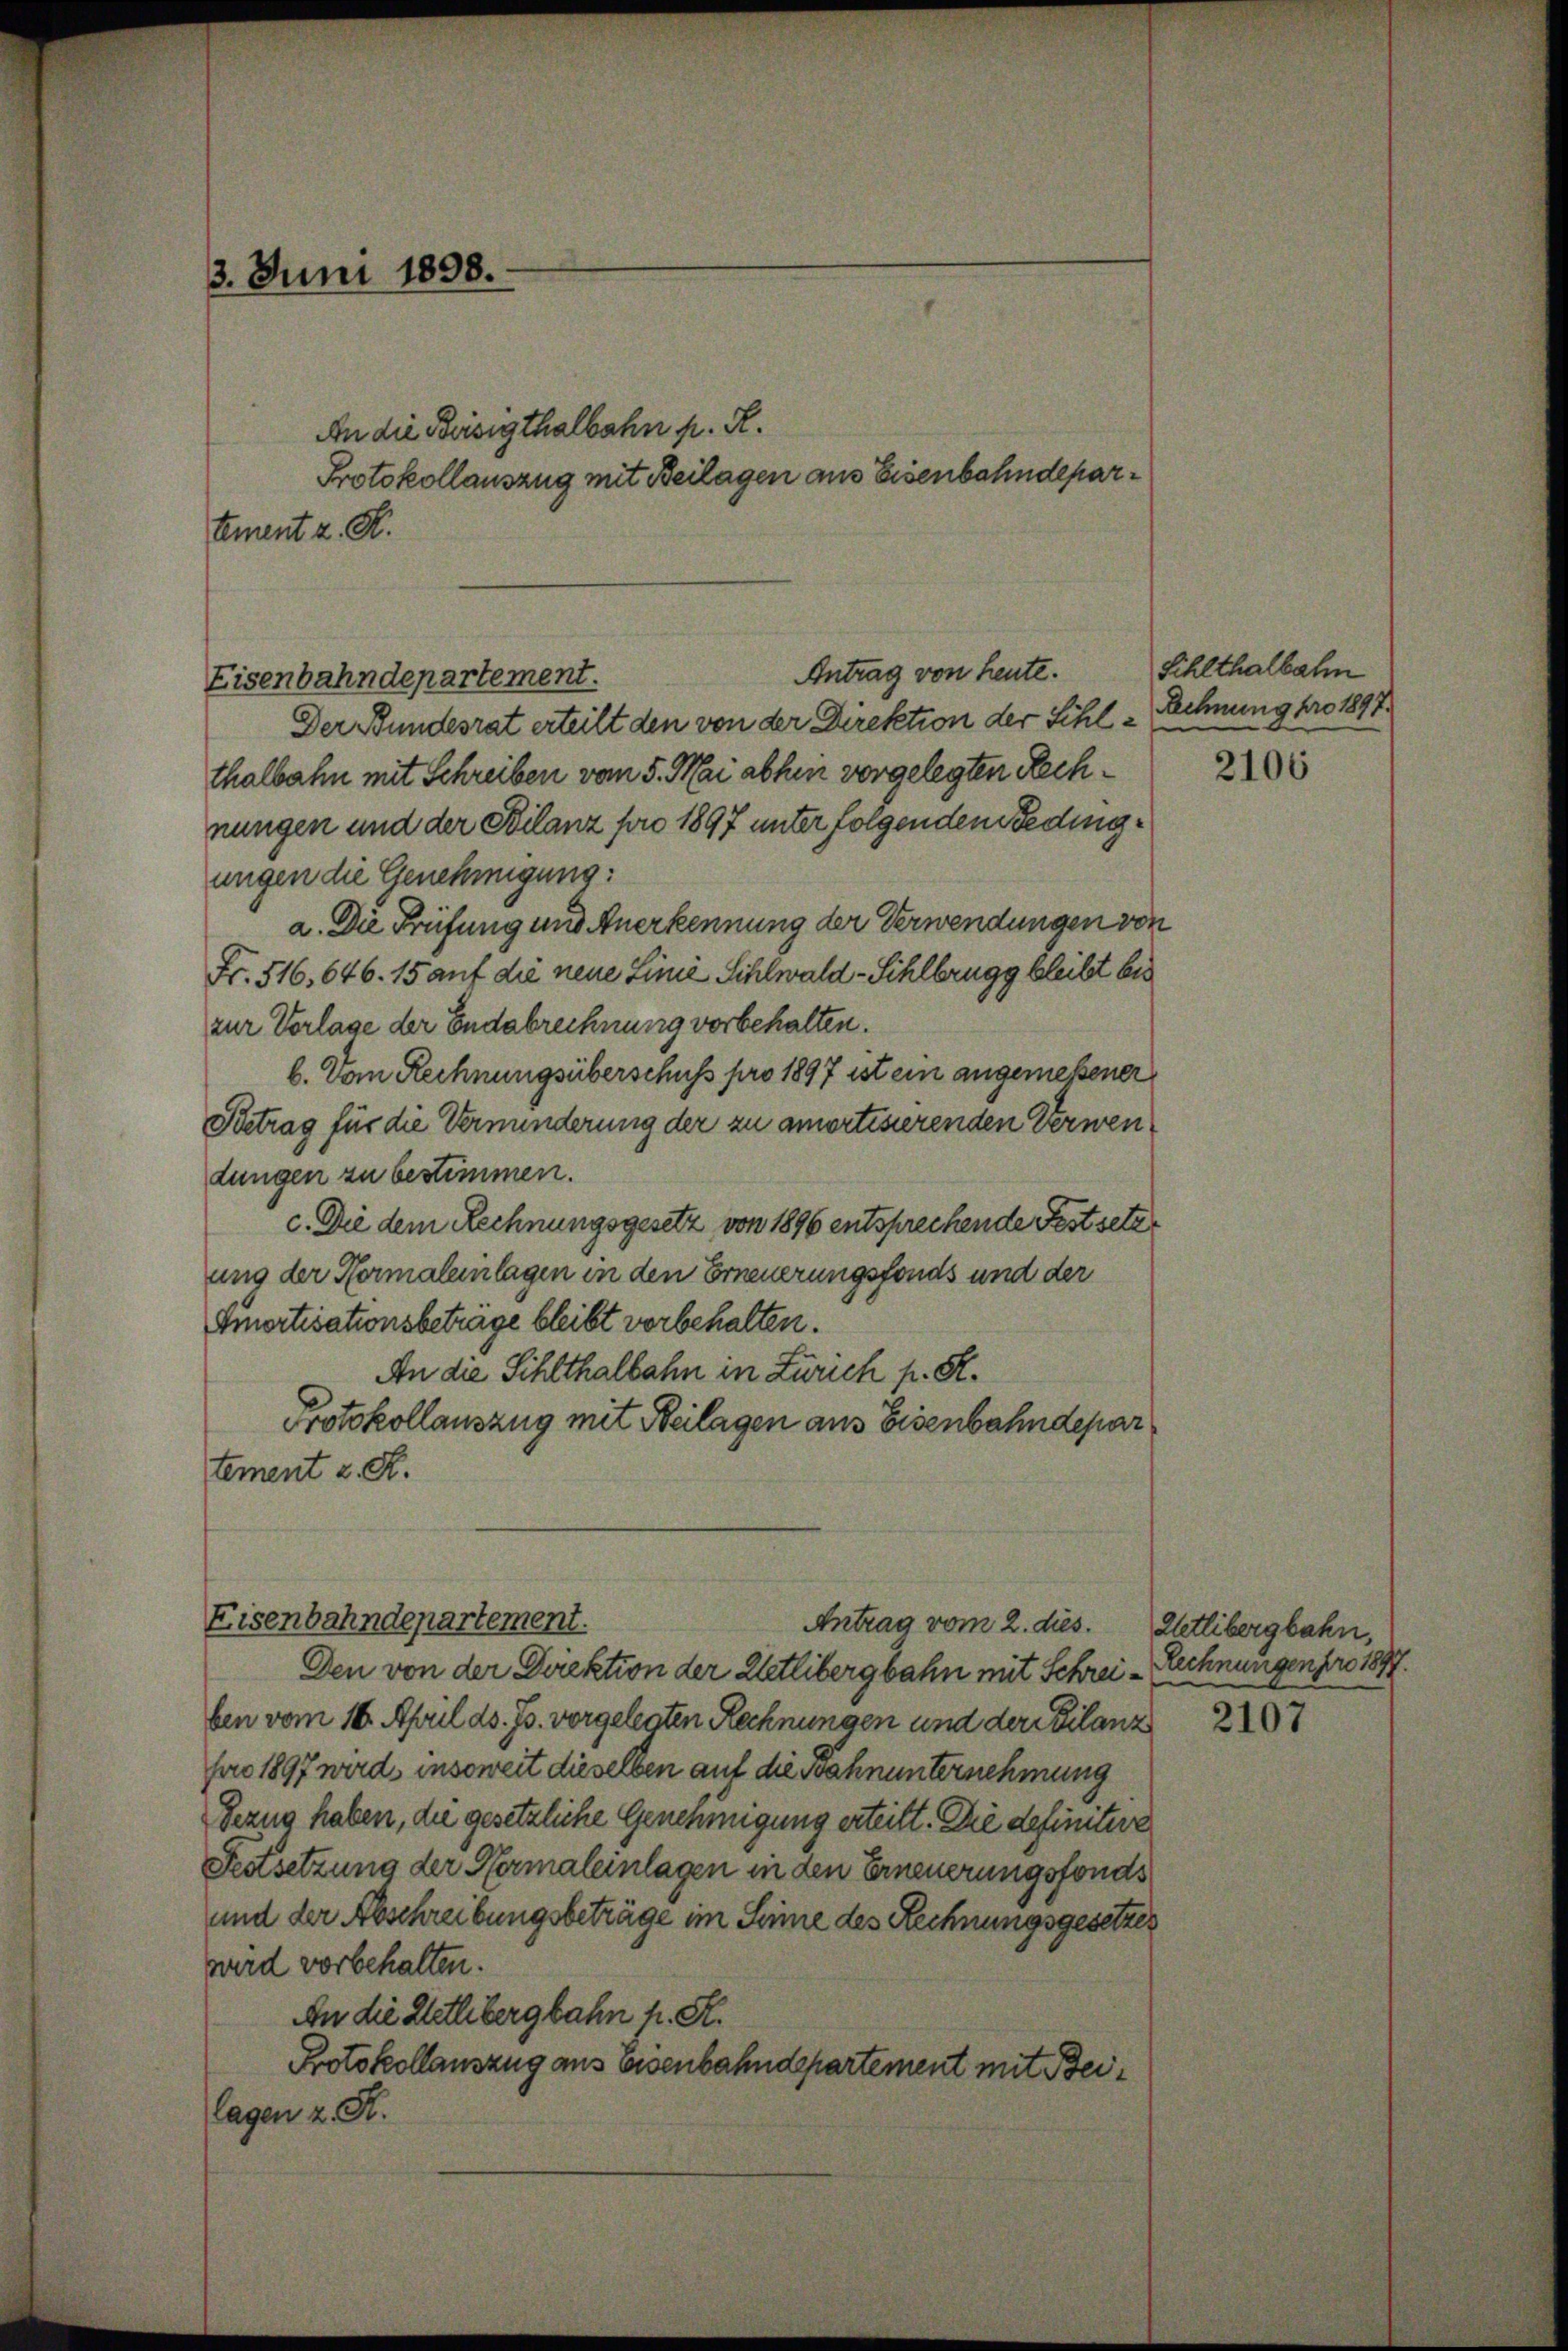
3. Juni 1898.

An die Beisigthalbahn p. R.
Protokollauszug mit Beilagen aus Eisenbahndepartement z. R.

Antrag von heute.
Eisenbahndepartement.
Der Bundesrat erteilt den von der Direktion der Schle
thalbahn mit Schreiben vom 5. Mai abhin vorgelegten Rechnungen und der Bilanz pro 1897 unter folgenden Bedingungen die Genehmigung:
a. Die Prüfung und Anerkennung der Verwendungen von
Fr. 516, 646. 15 auf die neue Linie Sihlwald - Sihlbrugg bleibt bis
zur Vorlage der Endabrechnung vorbehalten.
b. Von Rechnungsüberschuss pro 1897 ist ein angemeßener
Betrag für die Vermunderung der zu amortisierenden Verwendungen zu bestimmen.
c. Die dem Rechnungsgesetz von 1896 entsprechende Festsetz
ung der Hermaleinlagen in den Erneuerungsfonds und der
Amortisationsbeträge bleibt vorbehalten.
An die Sihlthalbahn in Zürich p. R.
Protokollauszug mit Beilagen aus Eisenbahndepar
tement z. R.
Eisenbahndepartement.
Antrag vom 2. dies
Den von der Direktion der Wetlibergbahn mit Schrei- Rechnungen pro 1897.
ben vom 16. April ds. Js. vorgelegten Rechnungen und der Szilanz
fro 1897 wurde insoweit dieselben auf die Bahnunternehmung
Sezug haben, die gesetzliche Genehmigung erteilt. Die definitive
Festsetzung der Hermaleinlagen in den Erneuerungsfonds
und der Abschreibungsbeträge im Seine des Rechnungsgesetzes
wird vorbehalten.
An die Wetlibergbahn f. St.
Protokollauszug aus Eisenbahndepartement mit Beilagen z. R.

Sihlthalbahn
Rchnung pro 1897.
e

Wetlibergbahn,

2106

2107